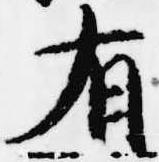
有